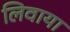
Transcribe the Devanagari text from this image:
लिवाया